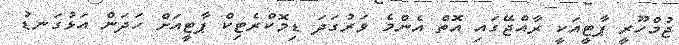
ޖުމްހޫރީ ޕާޓީއަކީ ރާއްޖޭގައި އޮތް އެންމެ ވަރުގަދަ ޑިމޮކްރެޓިކް ޕާޓީއަށް ހަދަން އަޅުގަނޑު